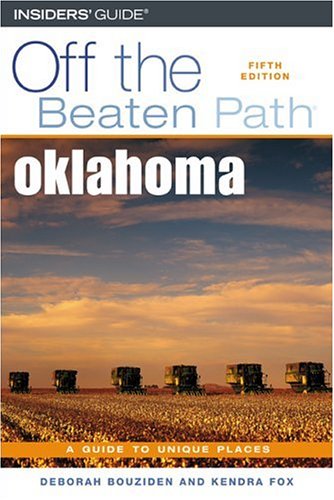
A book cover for Oklahoma Off the Beaten PathÂ®, 5th (Off the Beaten Path Series); Deborah Bouziden; Travel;